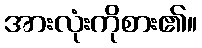
အားလုံးကိုစား၏။